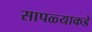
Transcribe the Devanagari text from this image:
सापळ्याकडे